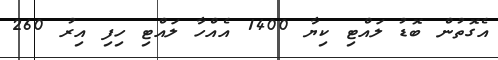
އެގޮތުން ބޮޑު ލައްޓި ކިޔާ 1400 އެއްހާ ލައްޓި ހިފި އިރު 260